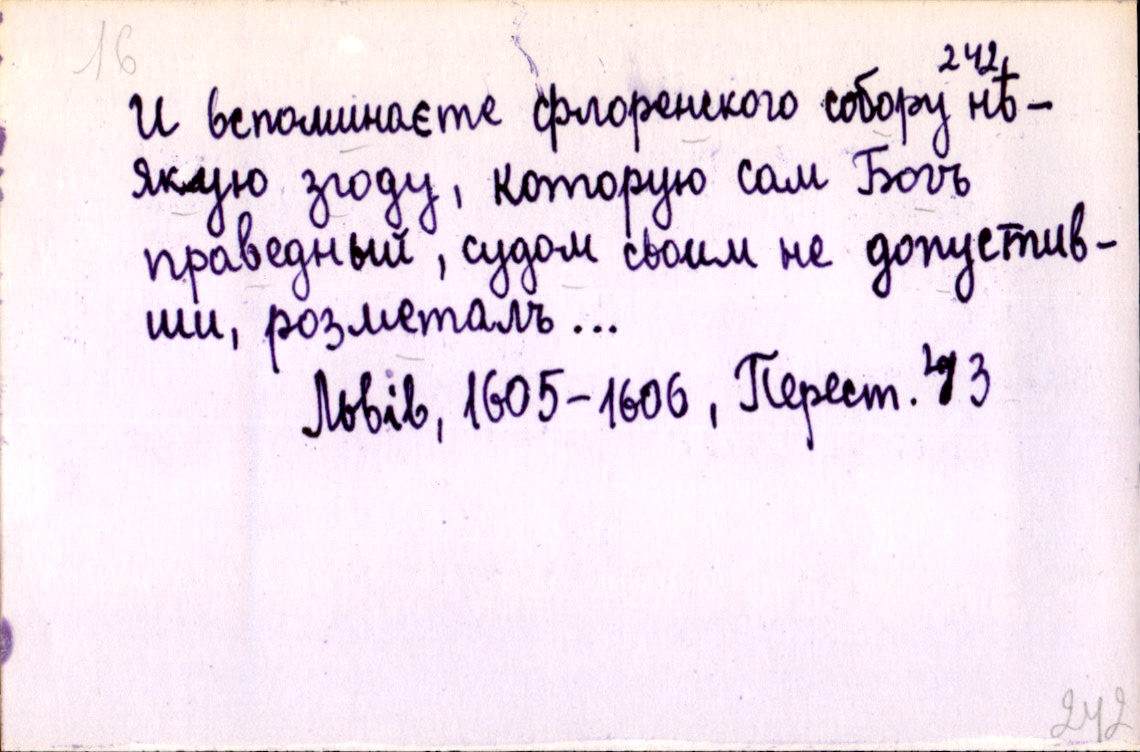
И вспоминаєте флоренского собору нѣ-
якую згоду, которую сам Богъ
праведный, судом своим не допустив-
ши, розметалъ …
Львів, 1605-1606, Перест. 43